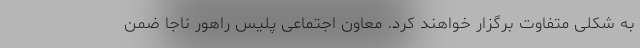
به شکلی متفاوت برگزار خواهند کرد. معاون اجتماعی پلیس راهور ناجا ضمن